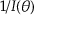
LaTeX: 1 / I ( \theta )